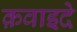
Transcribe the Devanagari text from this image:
क़वाइदे